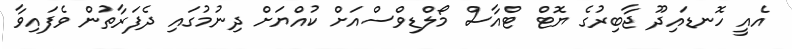
އެއީ ހޮނޑައިދޫ ޖާބިރުގެ ޔޮޓް ޓްއާސް މޯލްޑިވްސްއަށް ކުއްޔަށް ދިނުމުގައި ދެފަރާތުން ވެފައިވާ